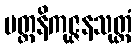
ပတ္တနိကုဇ္ဇနသုတ္တံ